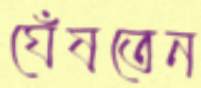
ঘেঁষতেন